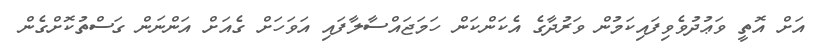
އަށް އޮތީ ވަޢުދުވެވިފައިކަމުން ވަރުދާގެ އެކަންކަން ހަމަޖައްސާލާފައި އަވަހަށް ގެއަށް އަންނަން ގަސްތުކޮށްގެން